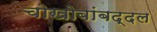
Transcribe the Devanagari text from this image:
चोखोबांबद्दल